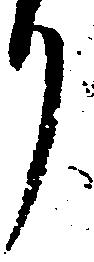
り